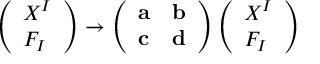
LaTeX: \left( \begin{array} { l } { { X ^ { I } } } \\ { { F _ { I } } } \end{array} \right) \rightarrow \left( \begin{array} { l l } { { { \bf a } } } & { { { \bf b } } } \\ { { { \bf c } } } & { { { \bf d } } } \end{array} \right) \left( \begin{array} { l } { { X ^ { I } } } \\ { { F _ { I } } } \end{array} \right)